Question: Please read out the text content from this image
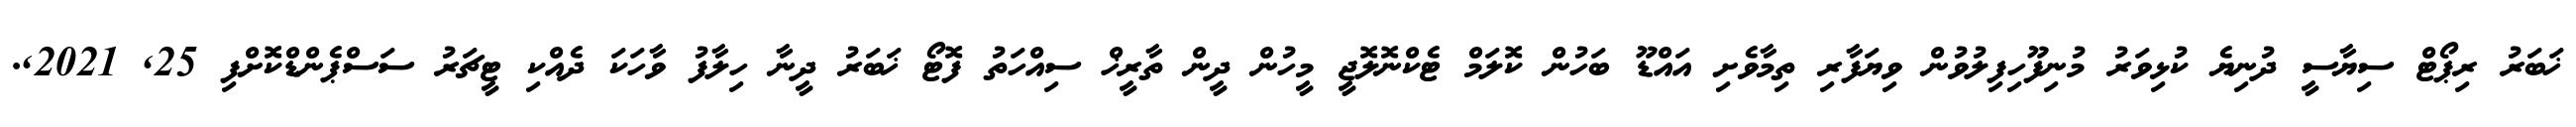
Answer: ޚަބަރު ރިޕޯޓް ސިޔާސީ ދުނިޔެ ކުޅިވަރު މުނިފޫހިފިލުވުން ވިޔަފާރި ތިމާވެށި އައްޑޫ ބަހުން ކޮލަމް ޓެކްނޮލޮޖީ މީހުން ދީން ތާރީޚް ސިއްހަތު ފޮޓޯ ޚަބަރު ދީނާ ހިލާފު ވާހަކަ ދެއްކި ޓީޗަރު ސަސްޕެންޑްކޮށްފި 25, 2021,.